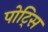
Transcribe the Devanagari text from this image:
पोट्सि